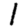
Digit: 1